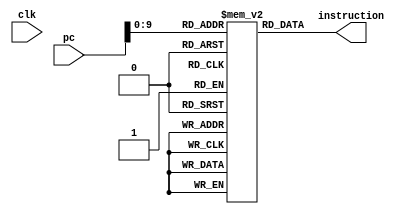
`timescale 1ns / 1ps

`define instMemSize 1023

module instructionMemory(
		input clk, 
		input[31:0] pc,
		output[31:0] instruction
	);

reg[31:0] instMemory[`instMemSize:0];	// storage

assign instruction = instMemory[pc];	// get instruction from memory

endmodule